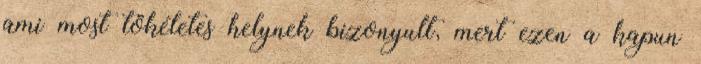
ami most tökéletes helynek bizonyult, mert ezen a kapun